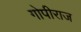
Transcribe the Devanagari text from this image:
गोपीराज